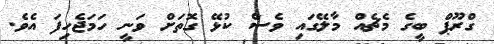
ގްރޫޕް ބީގެ މެޗެއް މާލޭގައި ވެސް ކުޅޭ ގޮތަށް ވަނީ ހަމަޖެހިފަ އެވެ.